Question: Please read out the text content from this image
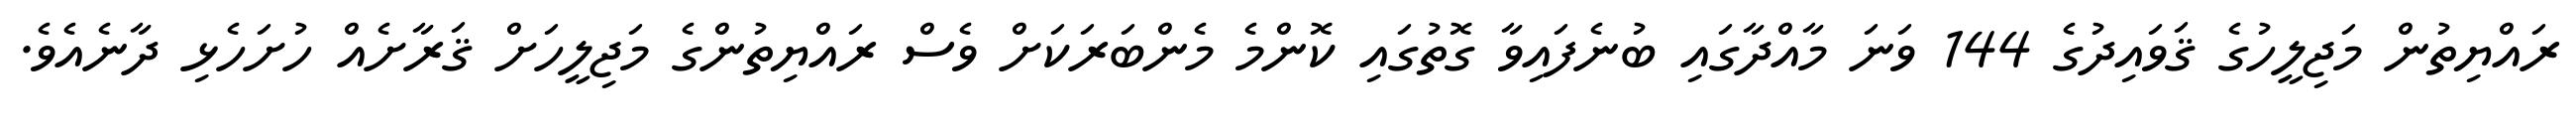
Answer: ރައްޔިތުން މަޖިލީހުގެ ޤަވައިދުގެ 144 ވަނަ މާއްދާގައި ބުނެފައިވާ ގޮތުގައި ކޮންމެ މެންބަރަކަށް ވެސް ރައްޔިތުންގެ މަޖިލީހަށް ޤަރާށެއް ހުށަހެޅި ދާނެއެވެ.